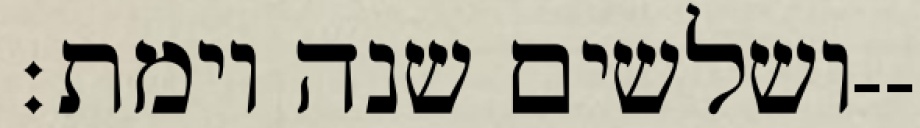
ושלשים שנה וימת׃--